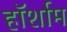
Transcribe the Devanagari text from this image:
हॉर्शाम